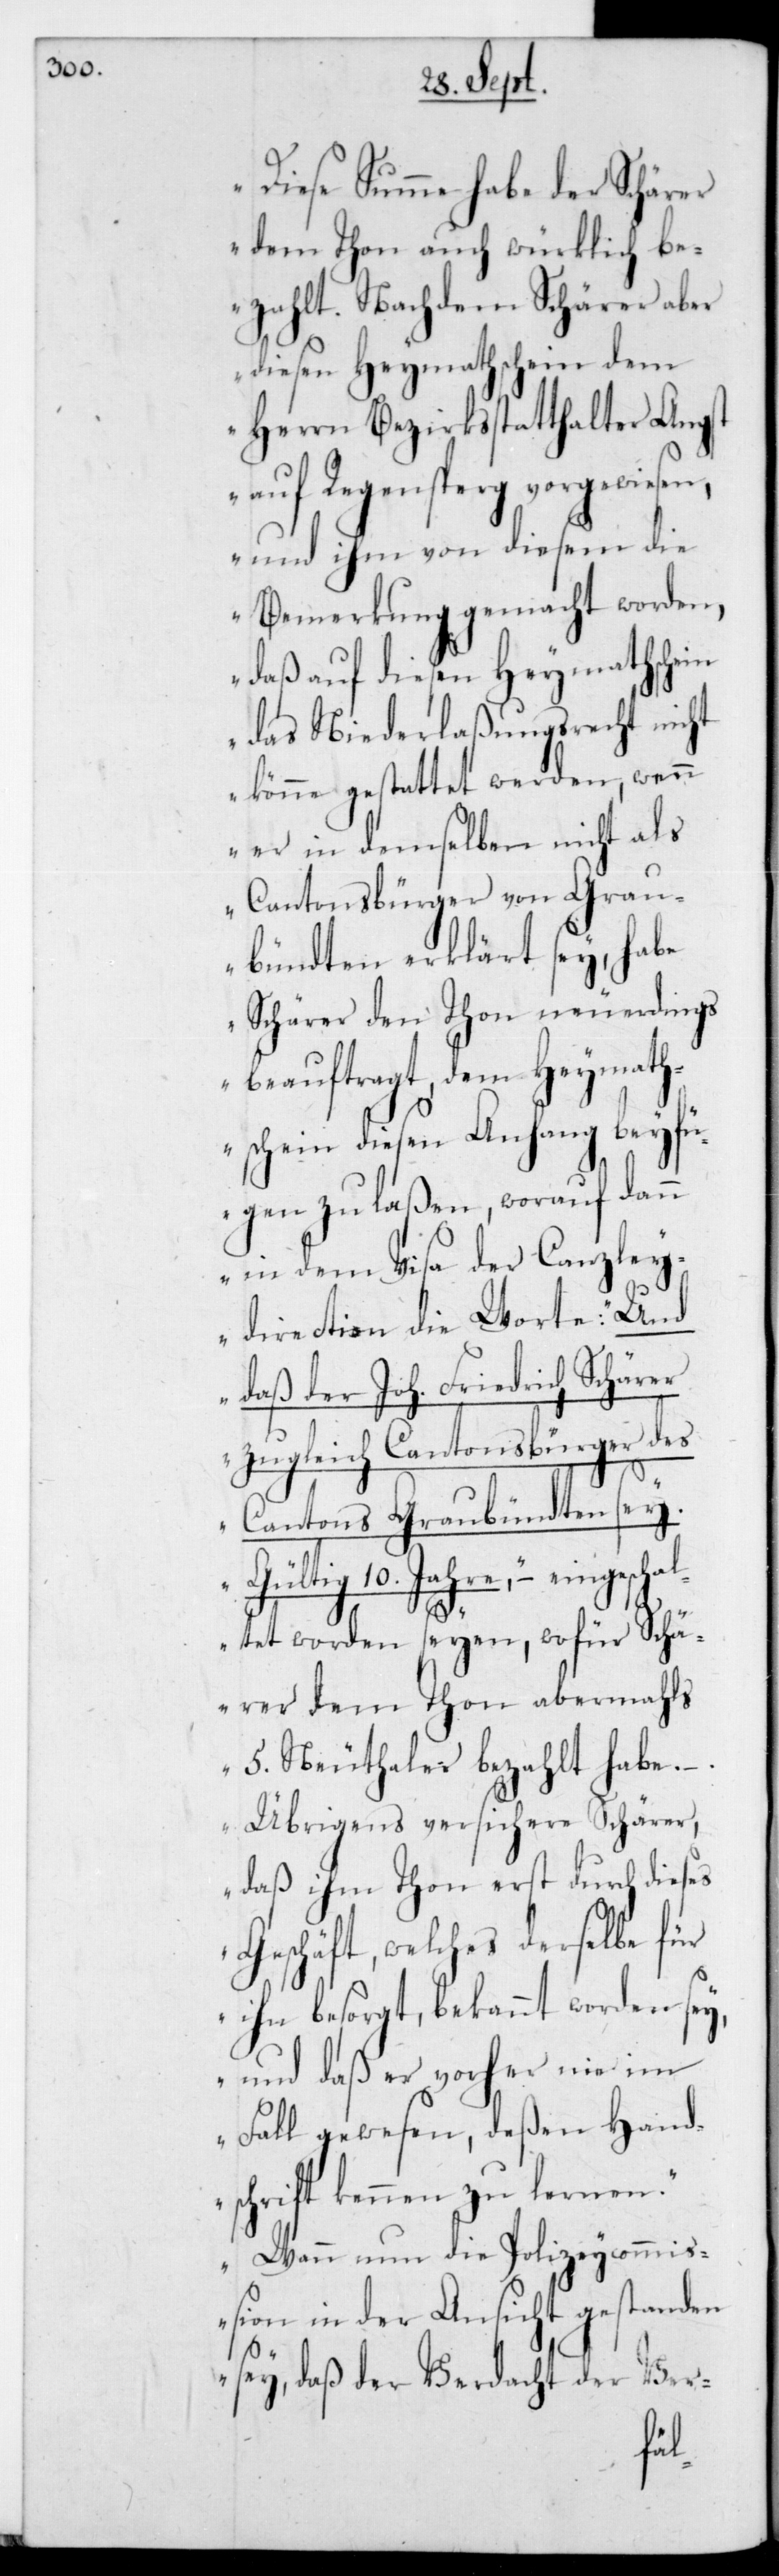
Diese Summe habe der Schärer
dem Thon auch würklich be¬
zahlt. Nachdem Schärer aber
diesen Heymathschein dem
Herrn Bezirksstatthalter Angst
auf Regensperg vorgewiese¬
n, und ihm von diesem die
Bemerkung gemacht worden,
daß auf diesen Heymathschein
das Niederlaßungsrecht nicht
könne gestattet werden, wenn
er in demselben nicht als
Cantonsbürger von Grau¬
bündten erklärt sey, habe
Schärer den Thon neuerdings
beauftragt, dem Heymath¬
schein diesen Anhang beyfü¬
gen zu laßen, worauf dann
in dem Visa der Canzley¬
direction die Worte: „Und
daß der Joh. Friedrich Schärer
zugleich Cantonsbürger des
Cantons Graubündten sey.
Gültig 10 Jahre,“ – eingesch¬
altet worden seyen, wofür Schä¬
rer dem Thon abermahls
5 Neuthaler bezahlt habe.
Übrigens versichere Schärer,
daß ihm Thon erst durch dieses
Geschäft, welches derselbe für
ihn besorgt, bekannt worden sey,
und daß er vorher nie im
Fall gewesen, deßen Hand¬
schrift kennen zu lernen.
Wann nun die Polizeycommiß¬
ion in der Ansicht gestanden
sey, daß der Verdacht der Ver-